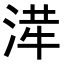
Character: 𭱂